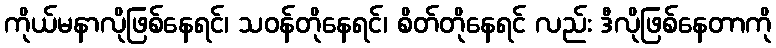
ကိုယ်မနာလိုဖြစ်နေရင်၊ သဝန်တိုနေရင်၊ စိတ်တိုနေရင် လည်း ဒီလိုဖြစ်နေတာကို